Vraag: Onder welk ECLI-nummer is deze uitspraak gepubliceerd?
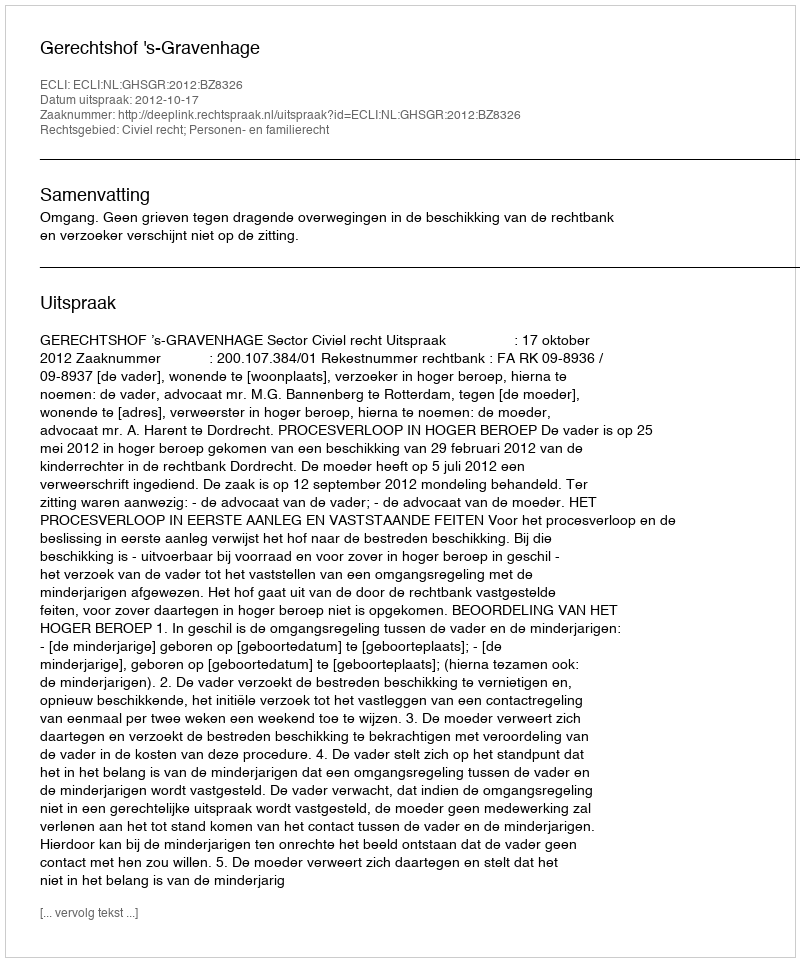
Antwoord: ECLI:NL:GHSGR:2012:BZ8326